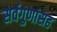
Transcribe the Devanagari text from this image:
सर्वगुणांसह